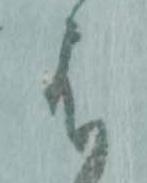
は